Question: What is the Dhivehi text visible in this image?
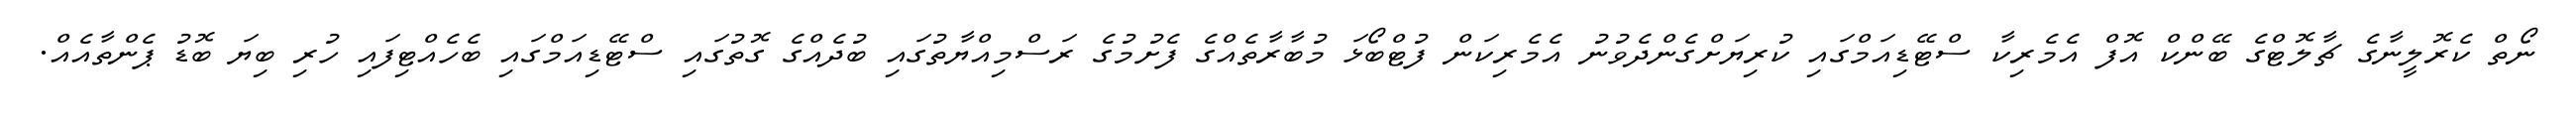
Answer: ނޯތް ކެރޮލީނާގެ ޗާލޮޓްގެ ބޭންކް އޮފް އެމެރިކާ ސްޓޭޑިއަމްގައި ކުރިޔަށްގެންދެވުނު އެމެރިކަން ފުޓްބޯޅަ މުބާރާތެއްގެ ފެށުމުގެ ރަސްމިއްޔާތުގައި ބުދެއްގެ ގޮތުގައި ސްޓޭޑިއަމްގައި ބެހެއްޓިފައި ހުރި ބިޔަ ބޮޑު ޕެންތާއެއް.